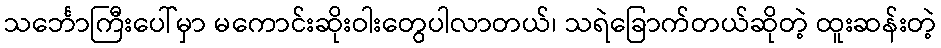
သင်္ဘောကြီးပေါ်မှာ မကောင်းဆိုးဝါးတွေပါလာတယ်၊ သရဲခြောက်တယ်ဆိုတဲ့ ထူးဆန်းတဲ့